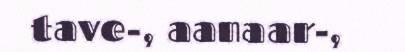
tave-, aanaar-,